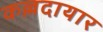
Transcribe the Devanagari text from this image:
कल्लदायार